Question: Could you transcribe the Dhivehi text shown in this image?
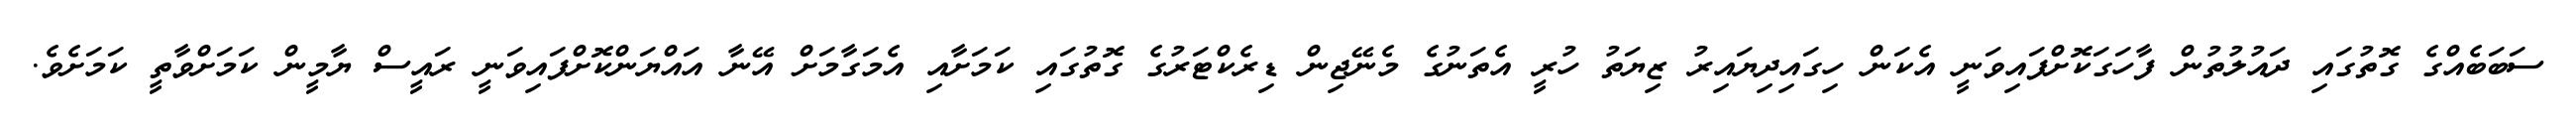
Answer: ސަބަބެއްގެ ގޮތުގައި ދައުލުތުން ފާހަގަކޮށްފައިވަނީ އެކަން ހިގައިދިޔައިރު ޒިޔަތު ހުރީ އެތަނުގެ މެނޭޖިން ޑިރެކްޓަރުގެ ގޮތުގައި ކަމަށާއި އެމަގާމަށް އޭނާ އައްޔަންކޮށްފައިވަނީ ރައީސް ޔާމީން ކަމަށްވާތީ ކަމަށެވެ.